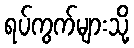
ရပ်ကွက်များသို့